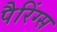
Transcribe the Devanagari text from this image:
पैरिंग्स